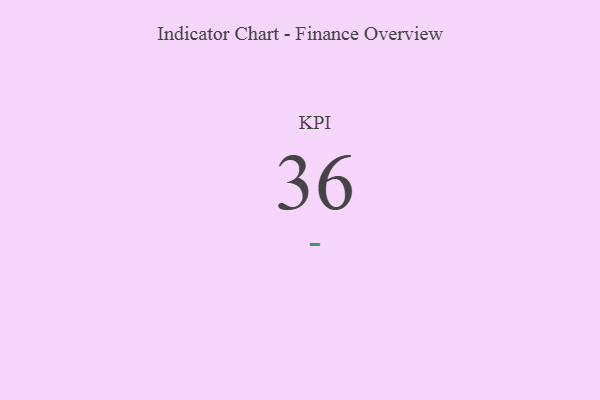
{"axis": {"x": "KPI", "y": "Value"}, "legend": [""], "data": [{"x": "KPI", "y": 36, "type": ""}]}